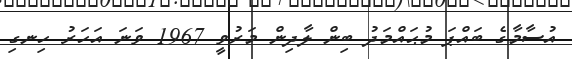
އުސާމާގެ ބައްޕަ މުޙައްމަދު ބިން ލާދިން މަރުވީ 1967 ވަނަ އަހަރު ހިނގި